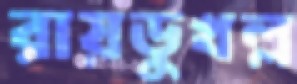
রায়ডুখল্ল